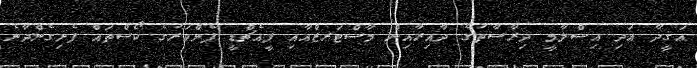
ޢަޤީދާ އަދި އިސްލާމީ ދިރާސާތުގެ ދާއިރާއިން މާސްޓަރޒްއާއި ޕީއެޗްޑީ ފެންވަރުގެ ކޯސްތައް ފެށިގެންދާނެ